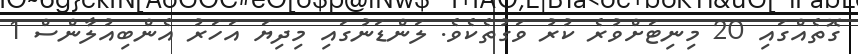
ގޮތެއްގައި 20 މިނިޓަށްވުރެ ކުރު ވަގުތެކެވެ. ލަންޑަނުގައި މިދިޔަ އަހަރު އެންބިއުލާންސް 1